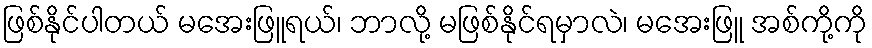
ဖြစ်နိုင်ပါတယ် မအေးဖြူရယ်၊ ဘာလို့ မဖြစ်နိုင်ရမှာလဲ၊ မအေးဖြူ အစ်ကို့ကို